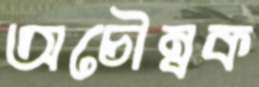
অচৌম্বক